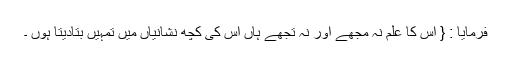
فرمایا : { اس کا علم نہ مجھے اور نہ تجھے ہاں اس کی کچھ نشانیاں میں تمہیں بتادیتا ہوں ۔